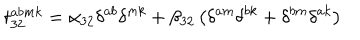
t _ { 3 2 } ^ { a b m k } = \alpha _ { 3 2 } \delta ^ { a b } \delta ^ { m k } + \beta _ { 3 2 } \left( \delta ^ { a m } \delta ^ { b k } + \delta ^ { b m } \delta ^ { a k } \right)